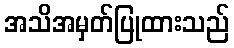
အသိအမှတ်ပြုထားသည်